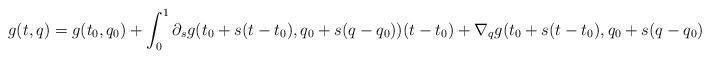
LaTeX: \begin{align*}g(t,q)=g(t_0,q_0)+\int_0^1 \partial_s g(t_0+s(t-t_0),q_0+s(q-q_0)) (t-t_0) +\nabla_q g(t_0+s(t-t_0),q_0+s(q-q_0))\cdot (q-q_0) ds\end{align*}